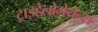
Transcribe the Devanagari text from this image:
ट्राइहैलोमेथेन्स